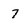
Character: 7